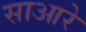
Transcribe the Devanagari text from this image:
साआरे